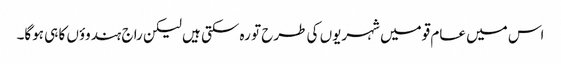
اس میں عام قومیں شہریوں کی طرح تو رہ سکتی ہیں لیکن راج ہندوؤں کا ہی ہوگا۔